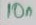
Text: 10n